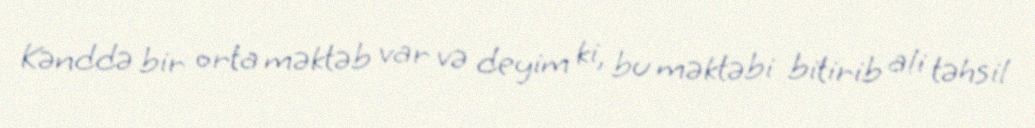
Kənddə bir orta məktəb var və deyim ki, bu məktəbi bitirib ali təhsil